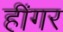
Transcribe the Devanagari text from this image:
हींगर